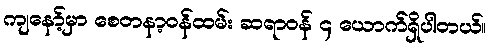
ကျနော့်မှာ စေတနာ့ဝန်ထမ်း ဆရာဝန် ၄ ယောက်ရှိပါတယ်။